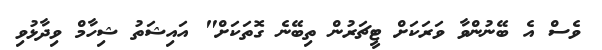
ވެސް އެ ބޭނުންވާ ވަރަކަށް ޓީޗަރުން ތިބޭނެ ގޮތަކަށް" އައިޝަތު ޝިހާމް ވިދާޅުވި